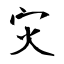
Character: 灾